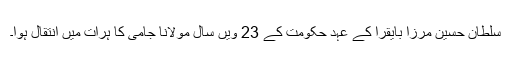
سلطان حسین مرزا بایقرا کے عہد حکومت کے 23 ویں سال مولانا جامی کا ہرات میں اِنتقال ہوا۔